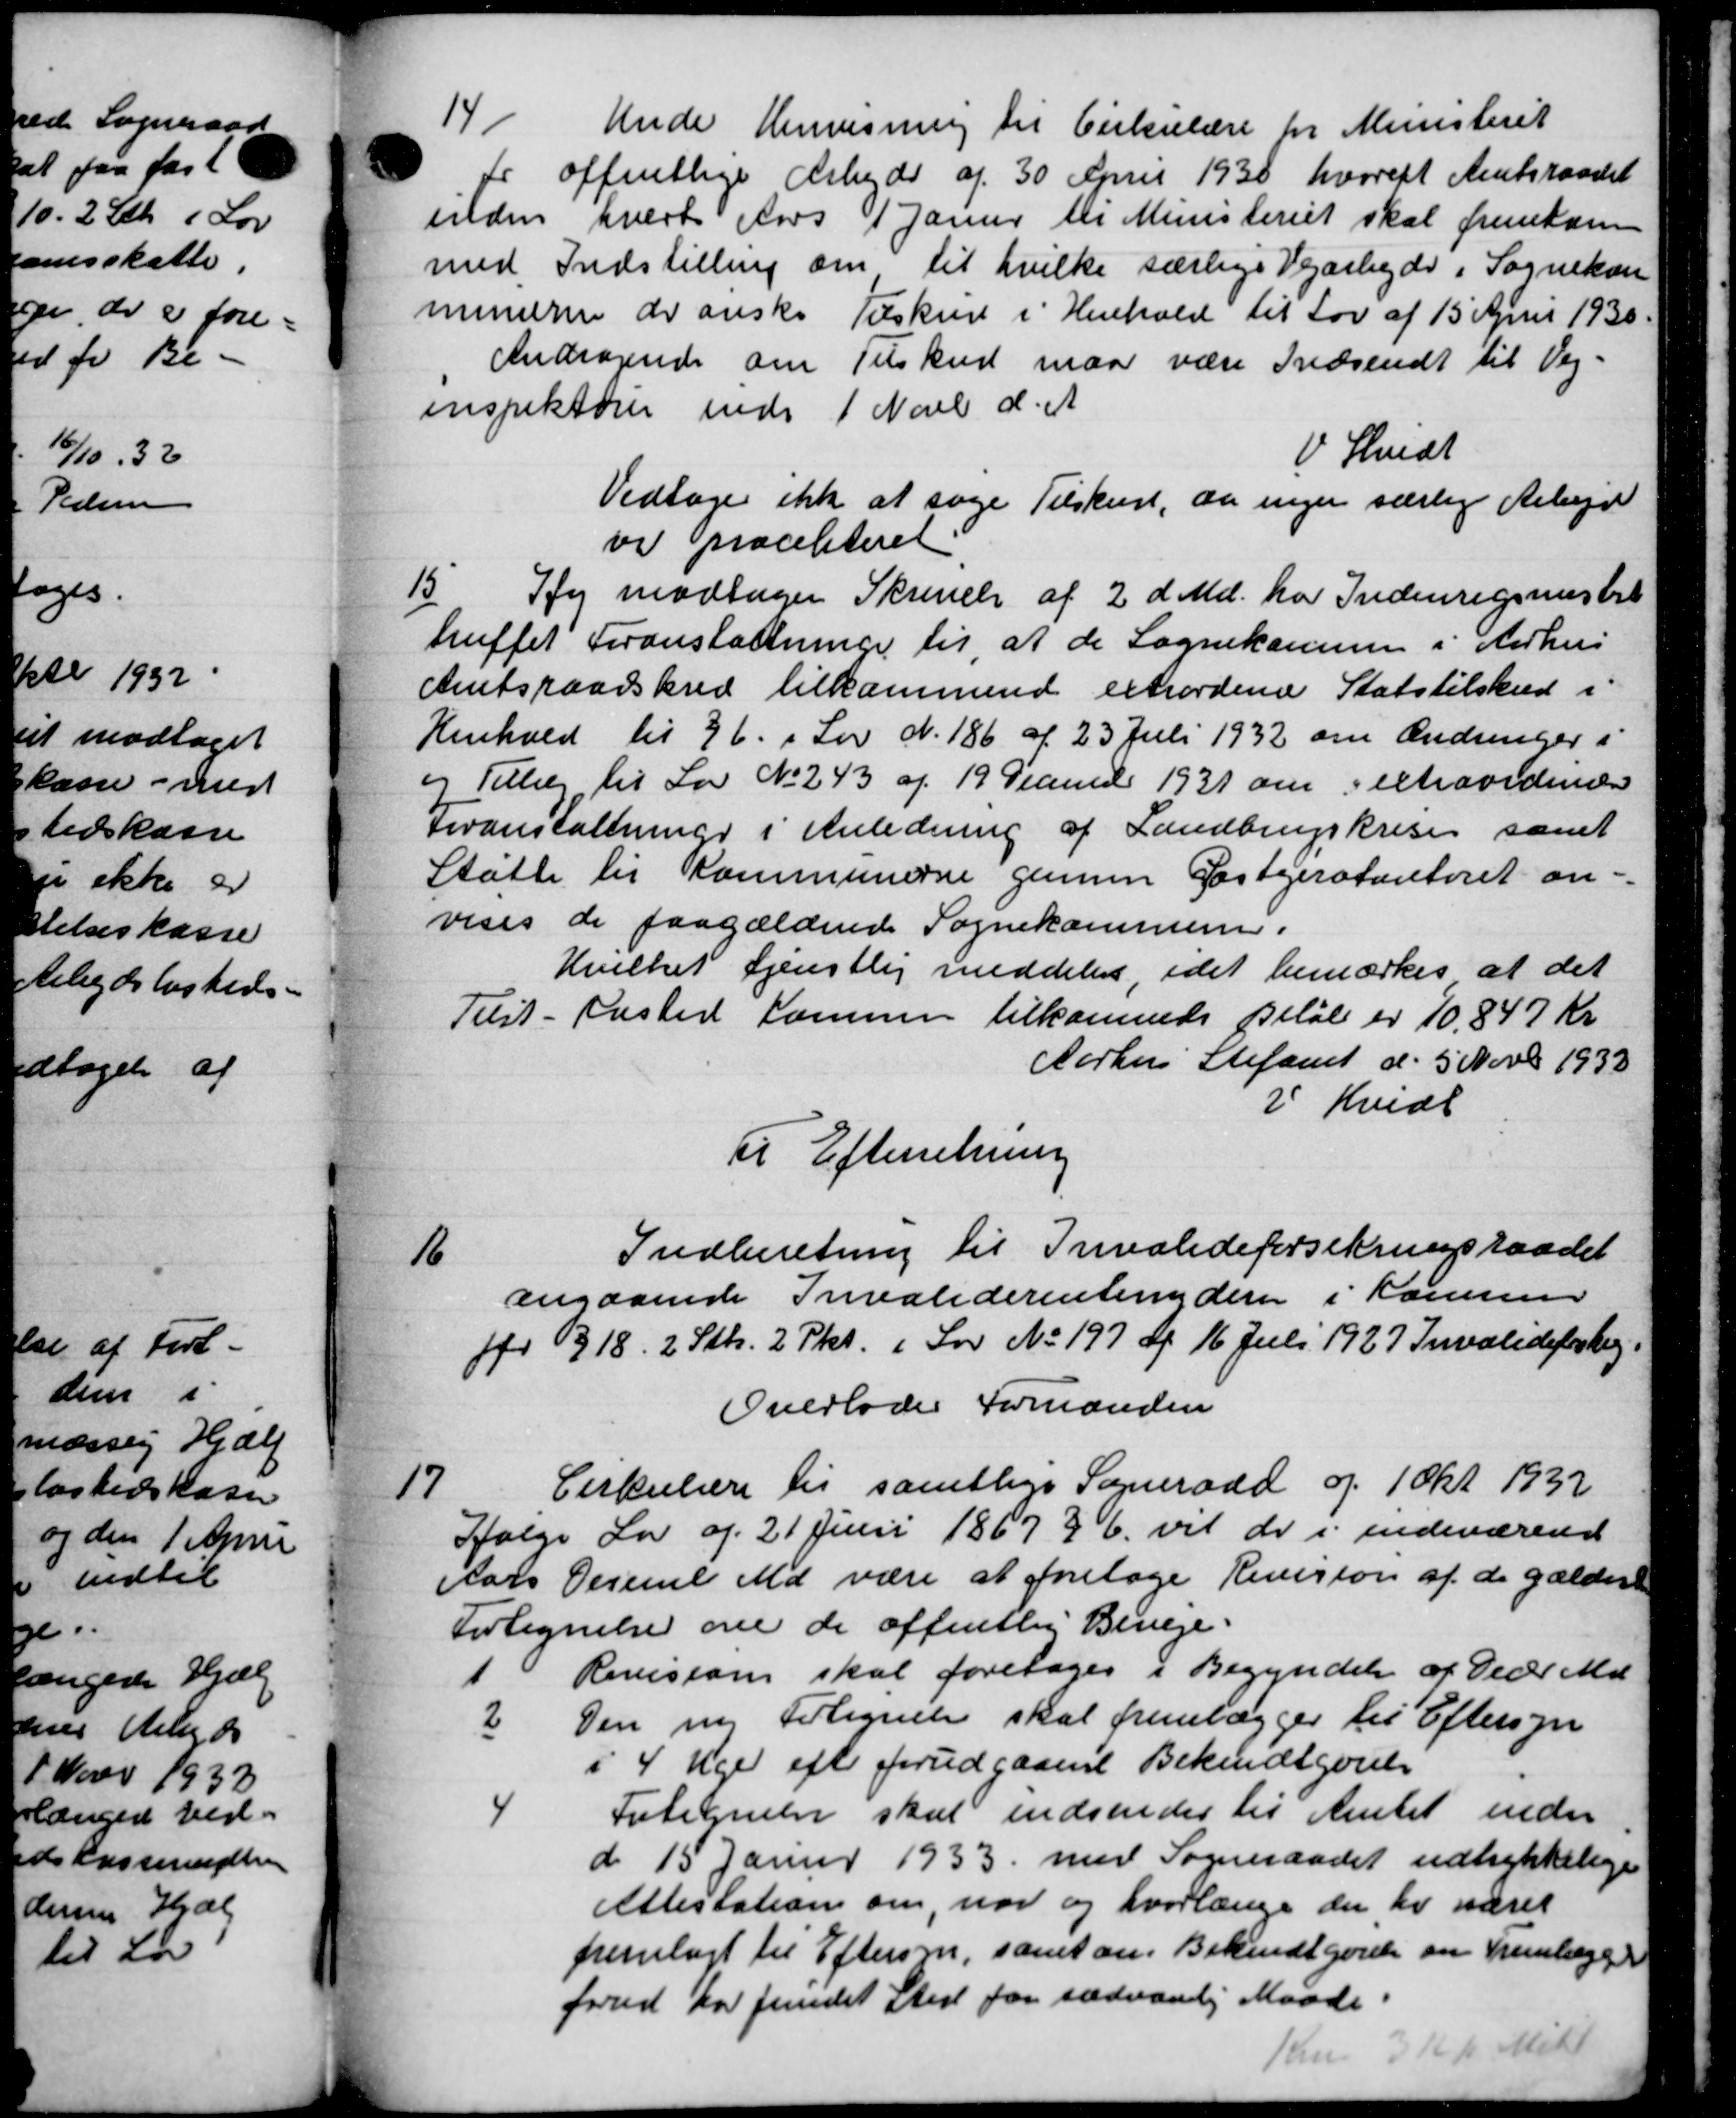
Transskription:
14.
Under Henvisning til Cirkulære for Ministeriet
offentlige Arbejde af 30 April 1930 hvoreft Amtsraadet
inden hvert Fors 1 Janur til Ministeriet skal fremkom
med Indstilling om til hvilke særlige Vejarbejde i Sognekass
minærer der ønske Tilskud i Henhold til Lov af 15 April 1930.
Andragende om Tilskud maa være Indsendt til Vej-
inspektører inde 1 Novb d. A.
V. Hvidt
Vedtage ikke at søge Tilskud, da ingen særlig Arbejd
vi paceliteret.
15.
De modtager Skrivelse af 2 d. Md. har Indenrigsmistri
truffet Foranstaltninger til at de Sognekassen i Aarhus
Amtsraadskred tilkommende extrordene Statstilskud i
Henhold til 96 i Lov N. 186 af 23 Juli 1932 om Ændringer i
og Tillæg til Lov No 243 af 19 Januar 1931 om Textraordinære
Foranstaltning i Anledning af Landbrugskriser samt
Støtte til Kommunerne gennem Postgirokontoret an-
vises de paagældende Sognekommune.
Hvilket tjenstlig meddelers, idet bemærkes at det
Tilst - Ensted Kammen tilkommes Beløb er 10,847 Kr
Aarhus Stifamt d. 5 Novbr 1933
i Kvedt
Til Efterretning
16
Indberetning til Invalideforsikringsraadet
angaaende Invaliderentenydere i Kommun
for 318. 2 Stk. 2 Pkt. i Lov No 197 af 16 Juli 1927 Invalideforbig.
Overlodes Formanden
17
Cirkulære til samtlige Sogneraad og 1 Okt 1932
følge Lov af 21 Juni 1867 § 6. vil de i indeværend
Aars Perumil Md være at foretage Revision af de gældere
Fortegnelse om de offentlig Biveje.
Revision skal foretoges i Begyndelse af Deder Md
2 Den ny Fortegnelse skal fremlægges til Eftersyn
i 4 Uger efter forudgaaende Bekendtgørelse
4 Fortegnelse skal indsendes til Amtet inden
d 15 Janur 1933 med Sogneraadet udtrykkelige
Attestation om, nor og hvorlænge der her været
fremlagt til Eftersm, samt om Bekendtgørelse om fremlægge
forved har fundet Sted for sædvanlig Maade
Kn 3 K p Mill